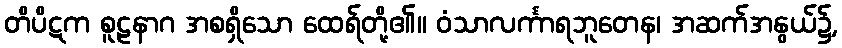
တိပိဋက စူဠနာဂ အစရှိသော ထေရ်တို့၏။ ဝံသာလင်္ကာရဘူတေန၊ အဆက်အနွယ်၌,